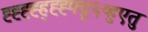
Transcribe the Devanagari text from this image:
ह्ह्ह्ह्ह्ह्ह्फ्द्ग्६य्हुएतु